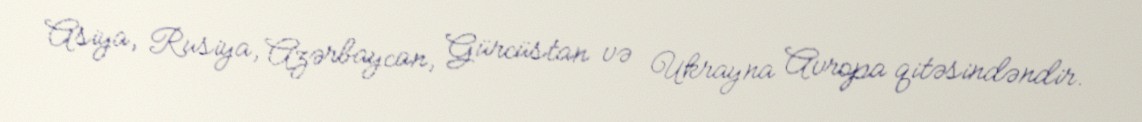
Asiya, Rusiya, Azərbaycan, Gürcüstan və Ukrayna Avropa qitəsindəndir.